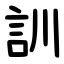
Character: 訓